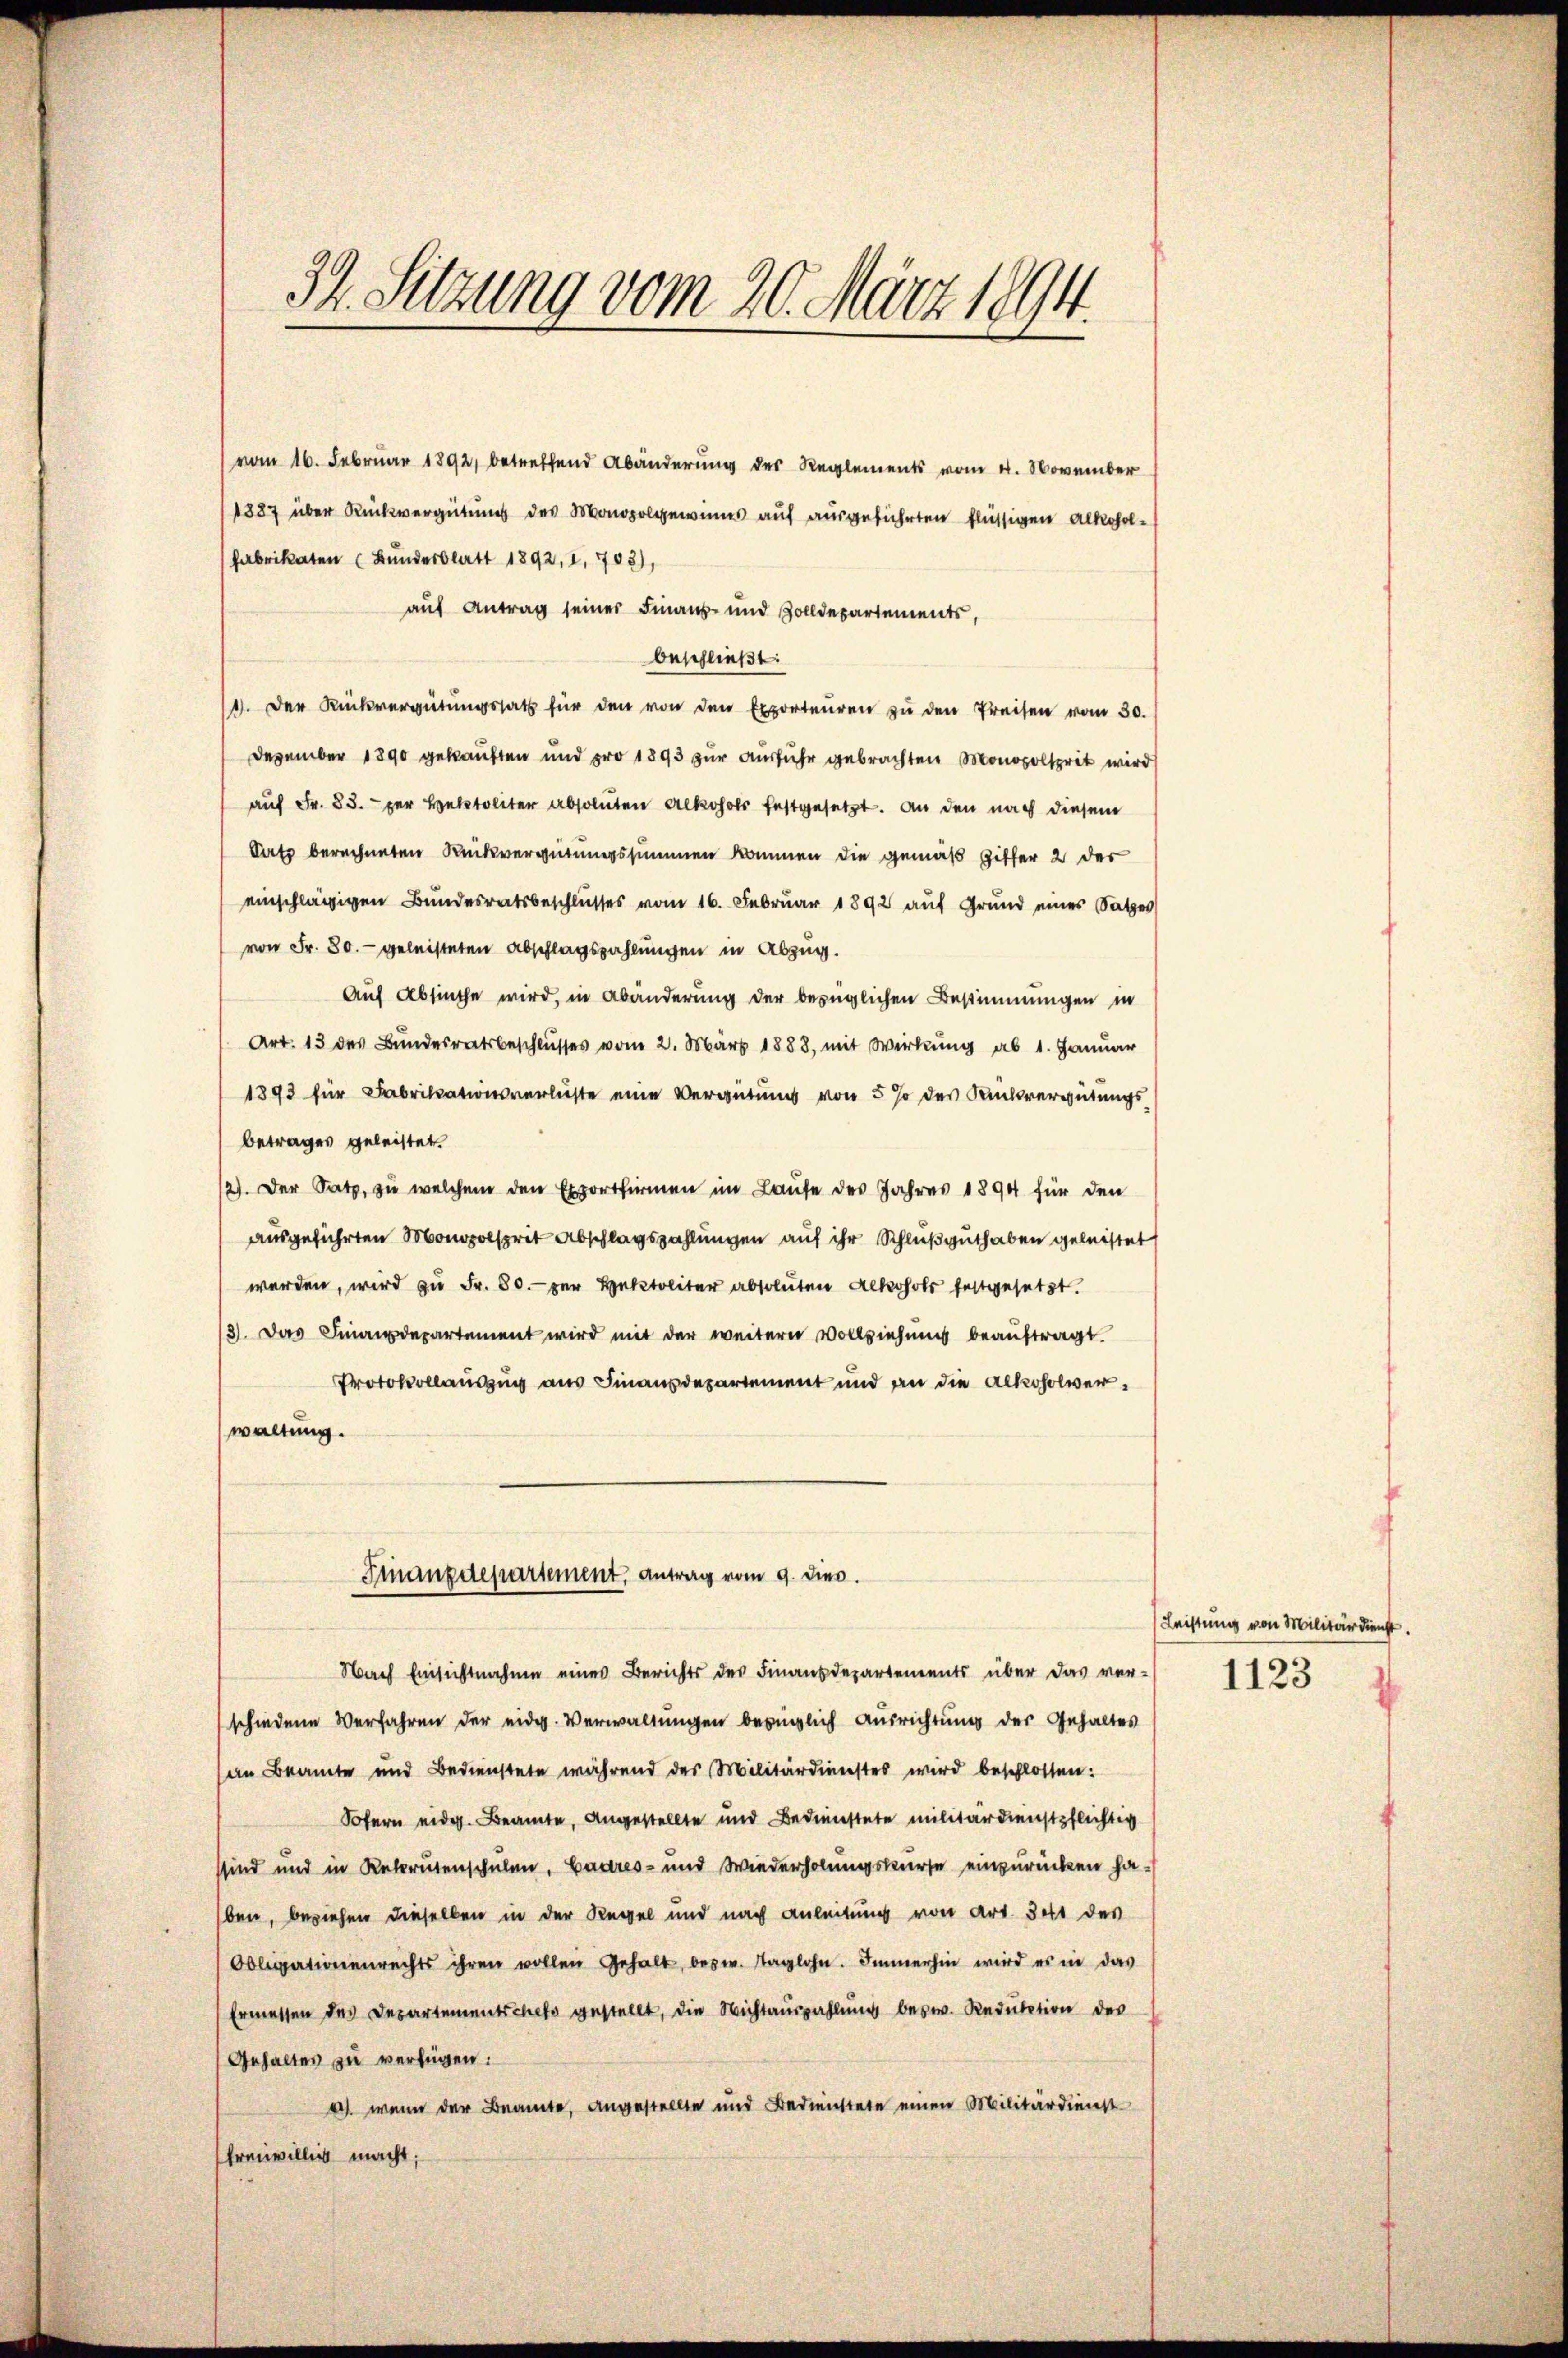
34. Sitzung vom 20. März 1894.

vom 16. Februar 1892, betreffend Abänderung des Reglements vom 4. November
1887 über Rückvergütung des Monopol gewinns auf ausgeführten flüssigen Alkoholfabrikaten (Bundesblatt 1892, I, 7703),
auf Antrag seiner Finanz- und Zolldepartements,
beschließt:
1. Der Rückvergütŭngssatz für den von den Exporteŭren zŭ den Preisen vom 30.
Dezember 1890 gekauften und pro 1893 zŭr Aŭsführ gebrachten Monopolsprit wird
auf Fr. 83. per Helstoliter absoluten Alkohols festgesetzt. An den nach diesem
Satz berechneten Rückvergütungssummen kommen die gemäß Ziffer 2 der
einschlägigen Bundesratsbeschlusses vom 16. Februar 1892 auf Grund eines Satzes
von Fr. 80. geleisteten Abschlagszahlungen in Abzug.
Auf Absiche wird, in Abänderung der bezüglichen Bestimmungen in
Art. 13 des Bundesratsbeschlusses vom 21. März 1888, mit Wirkung ab 1. Januar
1893 für Fabrikationsverluste eine Vergütung von 5 % des Kautsvergütungs
betrages geleistet.
12). Der Satz, zu welchem den Exportfirmen im Laufe des Jahres 1894 für den
ausgeführten Monopolsprit Abschlagszahlungen auf ihr Schluß guthaben geleistet
werden, wird zu Fr. 80. per Hektoliter absoluten Alkohols festgesetzt.
3). Das Finanzdepartement wird mit der weitern Vollziehung beauftragt.
Protokollauszug aus Finanzdepartement und an die Alkoholverwaltung.
Finanzdepartement, antrag vom 9. dies.
Nach Einsichtnahme eines Berichts der Finanzdepartements über das ver-
schiedene Verfahren der eidg. Verwaltŭngen bezüglich Ausrichtung der Gehaltes
san Beamte und Bedienstete während des Militärdienstes wird beschlossen:
Sofern eidg. Beamte, angestellte und Bedienstete militärdienstpflichtig
ssind und in Rekrutenschulen. Cadres- und Wiederholungskurse einzurücken haben, beziehen dieselben in der Regel und nach Anleitung von Art. 341 des
Obligationenrechts ihren vollen Gehalt, bezw. taglohn. Immerhin wird es in das
Ermessen des Departementchefs gestellt, die Nichtauszahlung besw. Reduktion des
Gehaltes zu verfügen:
a. wenn der Beamte, angestellte und Bedienstete einen Militärdienst
freiwillig macht;

Leistung von Militärdienst.

1123